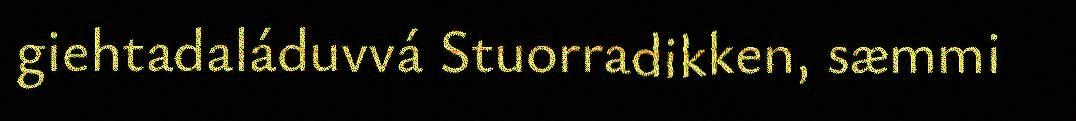
giehtadaláduvvá Stuorradikken, sæmmi